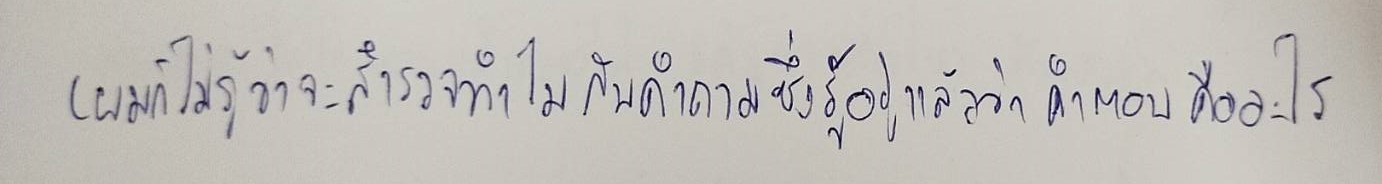
(ผมก็ไม่รู้ว่าจะสำรวจทำไมกับคำถามซึ่งรู้อยู่แล้วว่าคำตอบคืออะไร